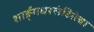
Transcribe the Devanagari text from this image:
शार्ङ्गधरसंहितेचा